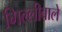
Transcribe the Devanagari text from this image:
गिल्लीवाले